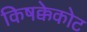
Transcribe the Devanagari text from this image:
किषक्केकोट